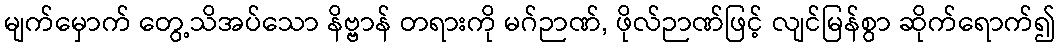
မျက်မှောက် တွေ့သိအပ်သော နိဗ္ဗာန် တရားကို မဂ်ဉာဏ်, ဖိုလ်ဉာဏ်ဖြင့် လျင်မြန်စွာ ဆိုက်ရောက်၍